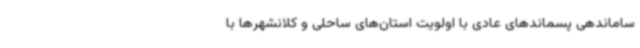
ساماندهی پسماندهای عادی با اولویت استان‌های ساحلی و کلانشهرها با